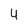
Character: 4